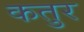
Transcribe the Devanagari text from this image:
कतुर